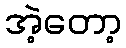
အဲ့တော့